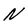
Character: N